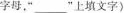
字母，”___”上填文字)